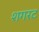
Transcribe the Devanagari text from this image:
शगरट